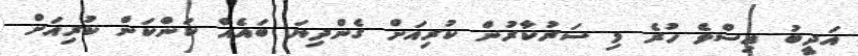
އަދީބު އިސްވެ ހުރެ މި ސަރުކާރުން ކުރިއަށް ގެންދިޔަ ބައެއް ކަންކަން ކުރިއަށް